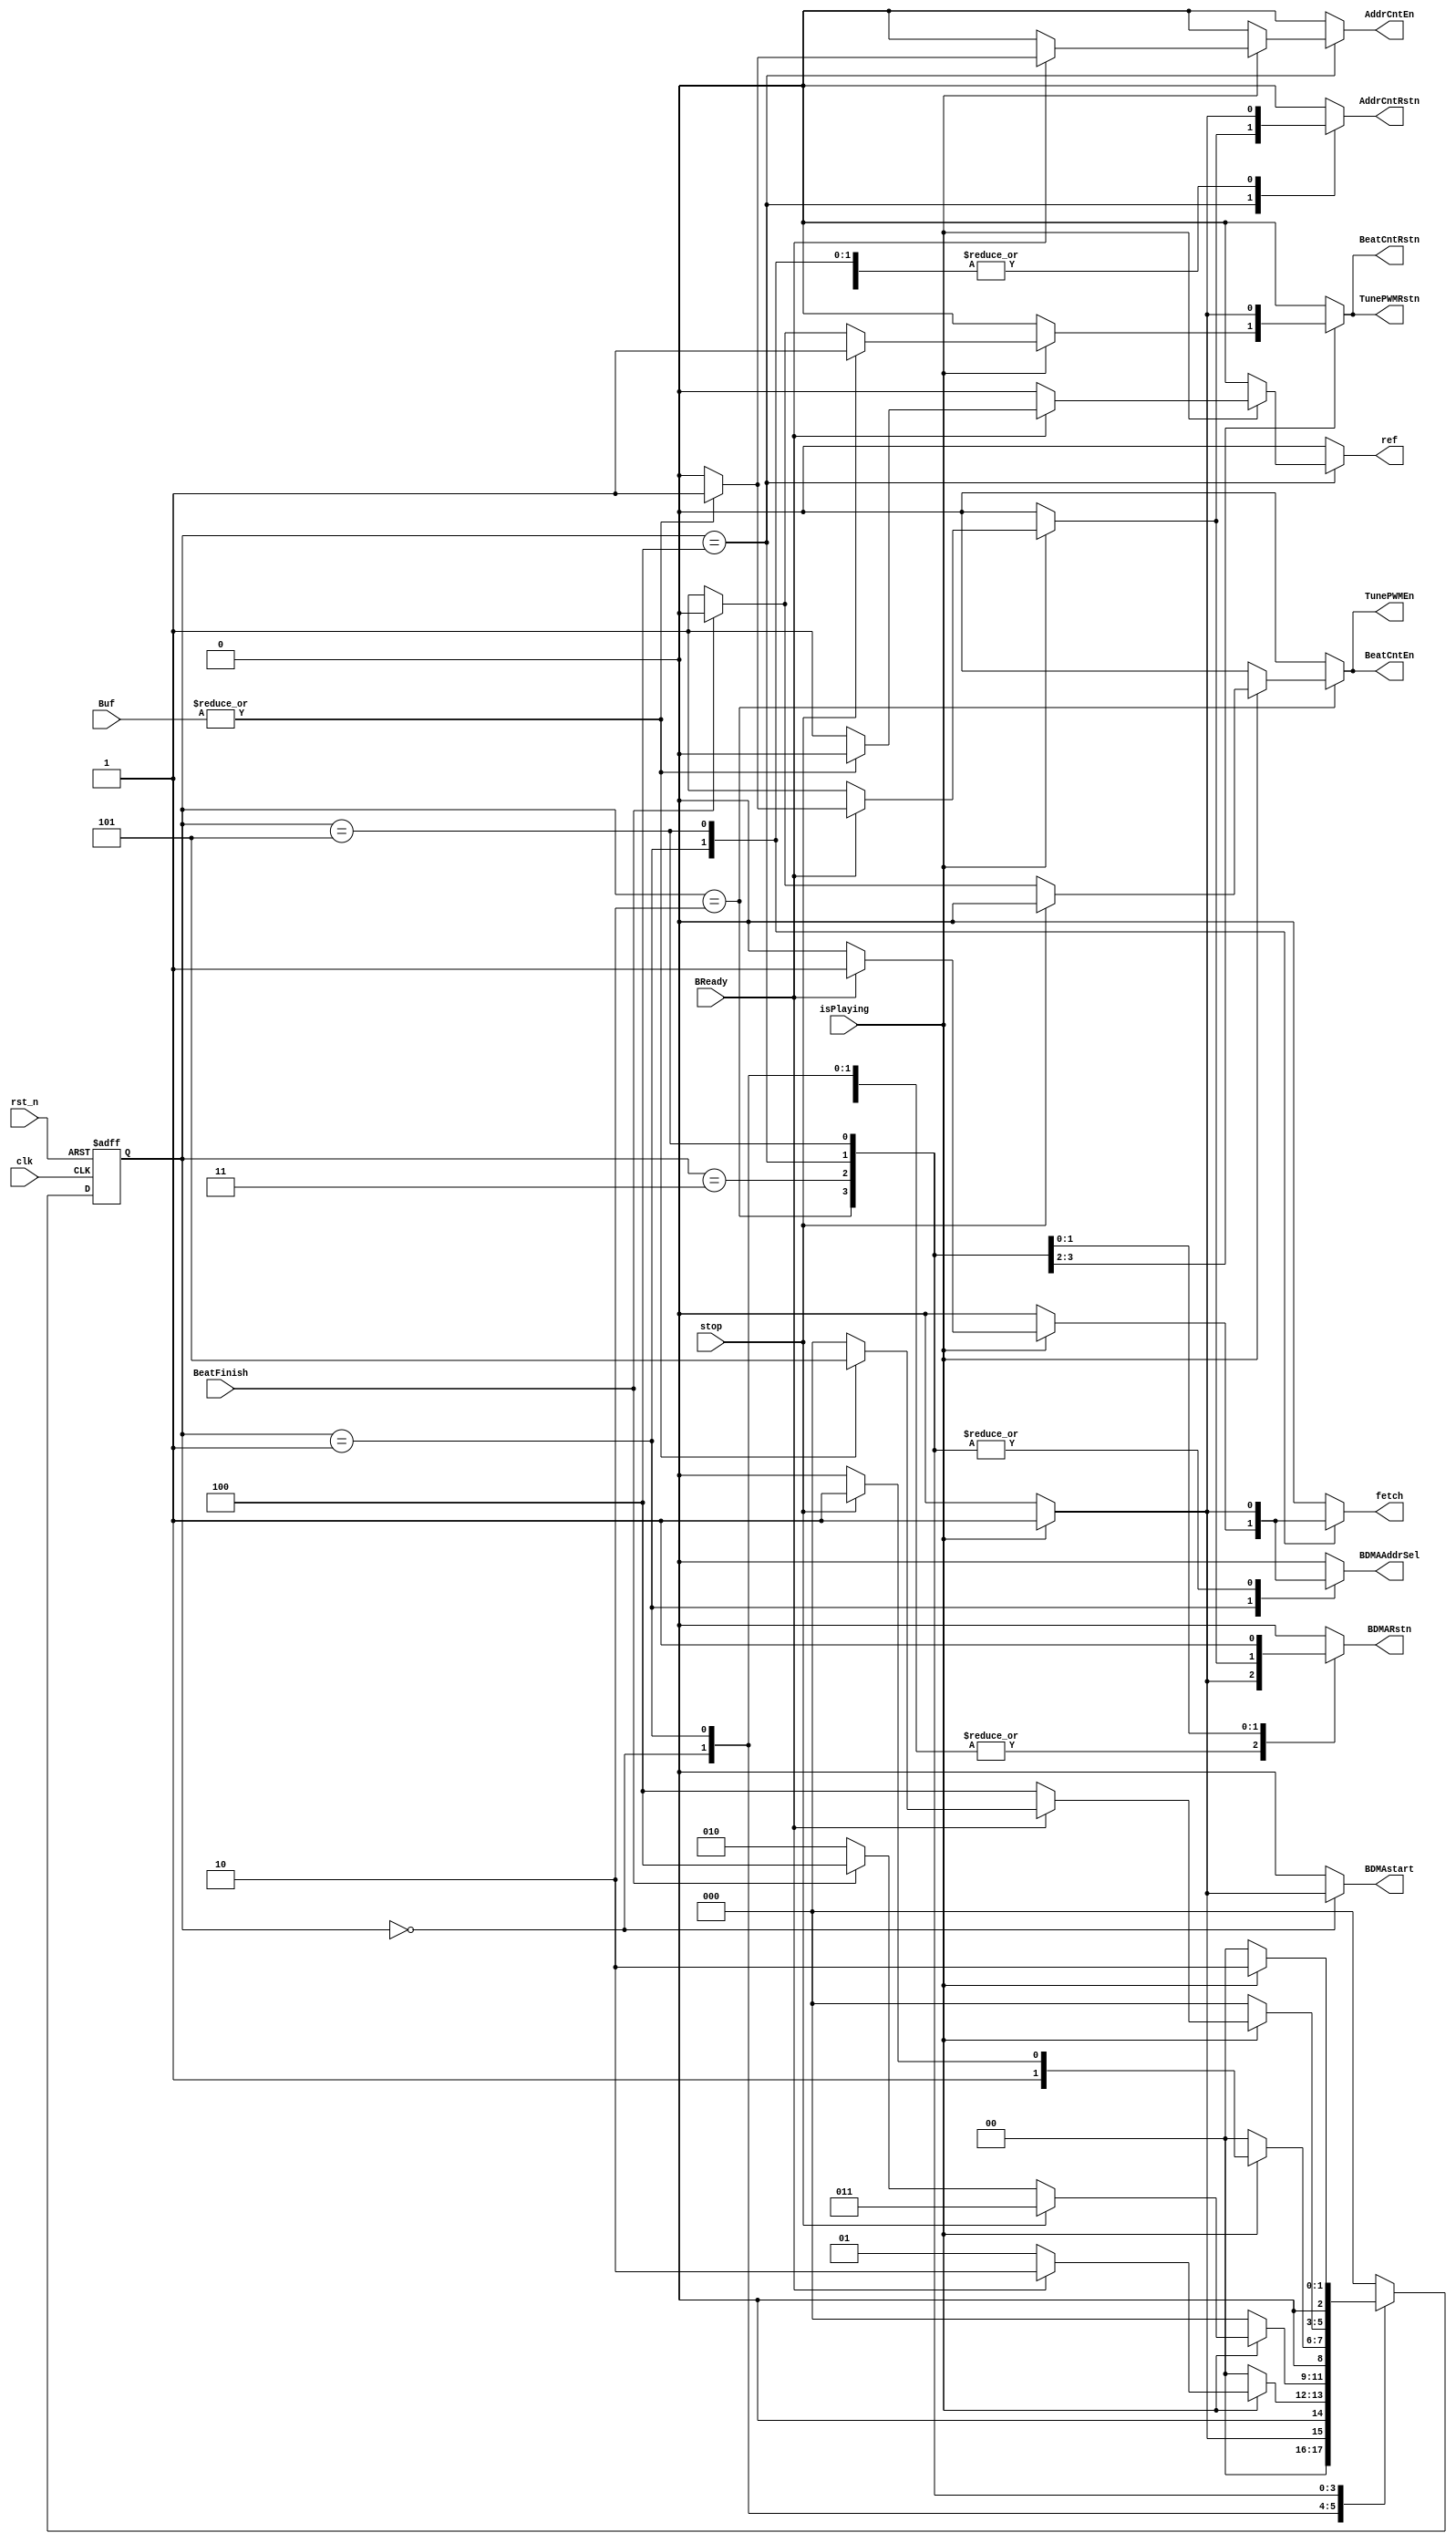
module BuzzerCtr(input wire clk,rst_n,
                 input wire isPlaying,BeatFinish,BReady,stop,
                 input wire[15:0] Buf,
                 output reg AddrCntRstn,AddrCntEn,
                 output reg BeatCntRstn,BeatCntEn,
                 output reg TunePWMRstn,
                 output wire TunePWMEn,
                 output reg BDMAstart,BDMARstn,BDMAAddrSel,fetch,
                 output reg ref);

    parameter S0       = 3'b000;
    parameter ReadNMov = 3'b001;
    parameter PLAY     = 3'b010;
    parameter STOP     = 3'b011;
    parameter STAY     = 3'b100;
    parameter MOVE     = 3'b101;

    reg[2:0] curr_state,next_state;

    always @(posedge clk or negedge rst_n) begin
        if(!rst_n)begin
            curr_state <= S0;
        end
        else begin
            curr_state <= next_state;
        end
    end

    always @(*) begin
        case(curr_state)
            S0:begin
                if(isPlaying)begin
                    next_state = ReadNMov;

                    AddrCntRstn = 0;
                    AddrCntEn   = 0;
                    BeatCntRstn = 0;
                    BeatCntEn   = 0;
                    TunePWMRstn = 0;
                    BDMAstart   = 1;
                    BDMARstn    = 1;
                    BDMAAddrSel = 0;
                    fetch       = 0;
                    ref         = 0;
                end
                else begin
                    next_state = S0;

                    AddrCntRstn = 0;
                    AddrCntEn   = 0;
                    BeatCntRstn = 0;
                    BeatCntEn   = 0;
                    TunePWMRstn = 0;
                    BDMAstart   = 0;
                    BDMARstn    = 0;
                    BDMAAddrSel = 0;
                    fetch       = 0;
                    ref         = 0;
                end
            end
            ReadNMov:begin
                if(isPlaying)begin
                    if(BReady)begin
                        next_state = PLAY;

                        AddrCntRstn = 1;
                        AddrCntEn   = 0;
                        BeatCntRstn = 0;
                        BeatCntEn   = 0;
                        TunePWMRstn = 0;
                        BDMAstart   = 0;
                        BDMARstn    = 1;
                        BDMAAddrSel = 1;
                        fetch       = 1;
                        ref         = 0;
                    end
                    else begin
                        next_state = ReadNMov;

                        AddrCntRstn = 1;
                        AddrCntEn   = 0;
                        BeatCntRstn = 0;
                        BeatCntEn   = 0;
                        TunePWMRstn = 0;
                        BDMAstart   = 0;
                        BDMARstn    = 1;
                        BDMAAddrSel = 0;
                        fetch       = 0;
                        ref         = 0;
                    end
                end
                else begin
                    next_state = S0;

                    AddrCntRstn = 0;
                    AddrCntEn   = 0;
                    BeatCntRstn = 0;
                    BeatCntEn   = 0;
                    TunePWMRstn = 0;
                    BDMAstart   = 0;
                    BDMARstn    = 0;
                    BDMAAddrSel = 0;
                    fetch       = 0;
                    ref         = 0;
                end
            end
            PLAY:begin
                if(isPlaying)begin
                    if(!stop)begin
                        if(BeatFinish)begin
                            next_state = STAY;

                            AddrCntRstn = 1;
                            AddrCntEn   = 0;
                            BeatCntRstn = 0;
                            BeatCntEn   = 0;
                            TunePWMRstn = 0;
                            BDMAstart   = 0;
                            BDMARstn    = 1;
                            BDMAAddrSel = 1;
                            fetch       = 0;
                            ref         = 0;
                        end
                        else begin
                            next_state = PLAY;
                            
                            AddrCntRstn = 1;
                            AddrCntEn   = 0;
                            BeatCntRstn = 1;
                            BeatCntEn   = 1;
                            TunePWMRstn = 1;
                            BDMAstart   = 0;
                            BDMARstn    = 1;
                            BDMAAddrSel = 1;
                            fetch       = 0;
                            ref         = 0;
                        end
                    end
                    else begin
                        next_state = STOP;

                        AddrCntRstn = 1;
                        AddrCntEn   = 0;
                        BeatCntRstn = 1;
                        BeatCntEn   = 0;
                        TunePWMRstn = 1;
                        BDMAstart   = 0;
                        BDMARstn    = 1;
                        BDMAAddrSel = 1;
                        fetch       = 0;
                        ref         = 0;
                    end
                end
                else begin
                    next_state = S0;

                    AddrCntRstn = 0;
                    AddrCntEn   = 0;
                    BeatCntRstn = 0;
                    BeatCntEn   = 0;
                    TunePWMRstn = 0;
                    BDMAstart   = 0;
                    BDMARstn    = 0;
                    BDMAAddrSel = 0;
                    fetch       = 0;
                    ref         = 0;
                end
            end
            STOP:begin
                if(isPlaying)begin
                    if(stop)begin
                        next_state = STOP;

                        AddrCntRstn = 1;
                        AddrCntEn   = 0;
                        BeatCntRstn = 1;
                        BeatCntEn   = 0;
                        TunePWMRstn = 1;
                        BDMAstart   = 0;
                        BDMARstn    = 1;
                        BDMAAddrSel = 1;
                        fetch       = 0;
                        ref         = 0;
                    end
                    else begin
                        next_state = PLAY;

                        AddrCntRstn = 1;
                        AddrCntEn   = 0;
                        BeatCntRstn = 1;
                        BeatCntEn   = 0;
                        TunePWMRstn = 1;
                        BDMAstart   = 0;
                        BDMARstn    = 1;
                        BDMAAddrSel = 1;
                        fetch       = 0;
                        ref         = 0;
                    end
                end
                else begin
                    next_state = S0;

                    AddrCntRstn = 0;
                    AddrCntEn   = 0;
                    BeatCntRstn = 0;
                    BeatCntEn   = 0;
                    TunePWMRstn = 0;
                    BDMAstart   = 0;
                    BDMARstn    = 0;
                    BDMAAddrSel = 0;
                    fetch       = 0;
                    ref         = 0;
                end
            end
            STAY:begin
                if(isPlaying)begin
                    if(BReady)begin
                        if(|Buf)begin
                            next_state = MOVE;

                            AddrCntRstn = 1;
                            AddrCntEn   = 1;
                            BeatCntRstn = 0;
                            BeatCntEn   = 0;
                            TunePWMRstn = 0;
                            BDMAstart   = 0;
                            BDMARstn    = 1;
                            BDMAAddrSel = 1;
                            fetch       = 0;
                            ref         = 0;
                        end
                        else begin
                            next_state = S0;

                            AddrCntRstn = 0;
                            AddrCntEn   = 0;
                            BeatCntRstn = 0;
                            BeatCntEn   = 0;
                            TunePWMRstn = 0;
                            BDMAstart   = 0;
                            BDMARstn    = 0;
                            BDMAAddrSel = 1;
                            fetch       = 0;
                            ref         = 1;
                        end
                    end
                    else begin
                        next_state = STAY;
                        
                        AddrCntRstn = 1;
                        AddrCntEn   = 0;
                        BeatCntRstn = 0;
                        BeatCntEn   = 0;
                        TunePWMRstn = 0;
                        BDMAstart   = 0;
                        BDMARstn    = 1;
                        BDMAAddrSel = 1;
                        fetch       = 0;
                        ref         = 0;
                    end
                end
                else begin
                    next_state = S0;

                    AddrCntRstn = 0;
                    AddrCntEn   = 0;
                    BeatCntRstn = 0;
                    BeatCntEn   = 0;
                    TunePWMRstn = 0;
                    BDMAstart   = 0;
                    BDMARstn    = 0;
                    BDMAAddrSel = 0;
                    fetch       = 0;
                    ref         = 0;
                end
            end
            MOVE:begin
                if(isPlaying)begin
                    next_state = PLAY;

                    AddrCntRstn = 1;
                    AddrCntEn   = 0;
                    BeatCntRstn = 0;
                    BeatCntEn   = 0;
                    TunePWMRstn = 0;
                    BDMAstart   = 0;
                    BDMARstn    = 1;
                    BDMAAddrSel = 1;
                    fetch       = 1;
                    ref         = 0;
                end
                else begin
                    next_state = S0;

                    AddrCntRstn = 0;
                    AddrCntEn   = 0;
                    BeatCntRstn = 0;
                    BeatCntEn   = 0;
                    TunePWMRstn = 0;
                    BDMAstart   = 0;
                    BDMARstn    = 1;
                    BDMAAddrSel = 0;
                    fetch       = 0;
                    ref         = 0;
                end
            end
            default:begin
                next_state = S0;

                AddrCntRstn = 0;
                AddrCntEn   = 0;
                BeatCntRstn = 0;
                BeatCntEn   = 0;
                TunePWMRstn = 0;
                BDMAstart   = 0;
                BDMARstn    = 0;
                BDMAAddrSel = 0;
                fetch       = 0;
                ref         = 0;
            end
        endcase
    end

    assign TunePWMEn = BeatCntEn;

endmodule